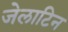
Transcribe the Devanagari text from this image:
जेलाटिन